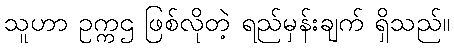
သူဟာ ဥက္ကဌ ဖြစ်လိုတဲ့ ရည်မှန်းချက် ရှိသည်။